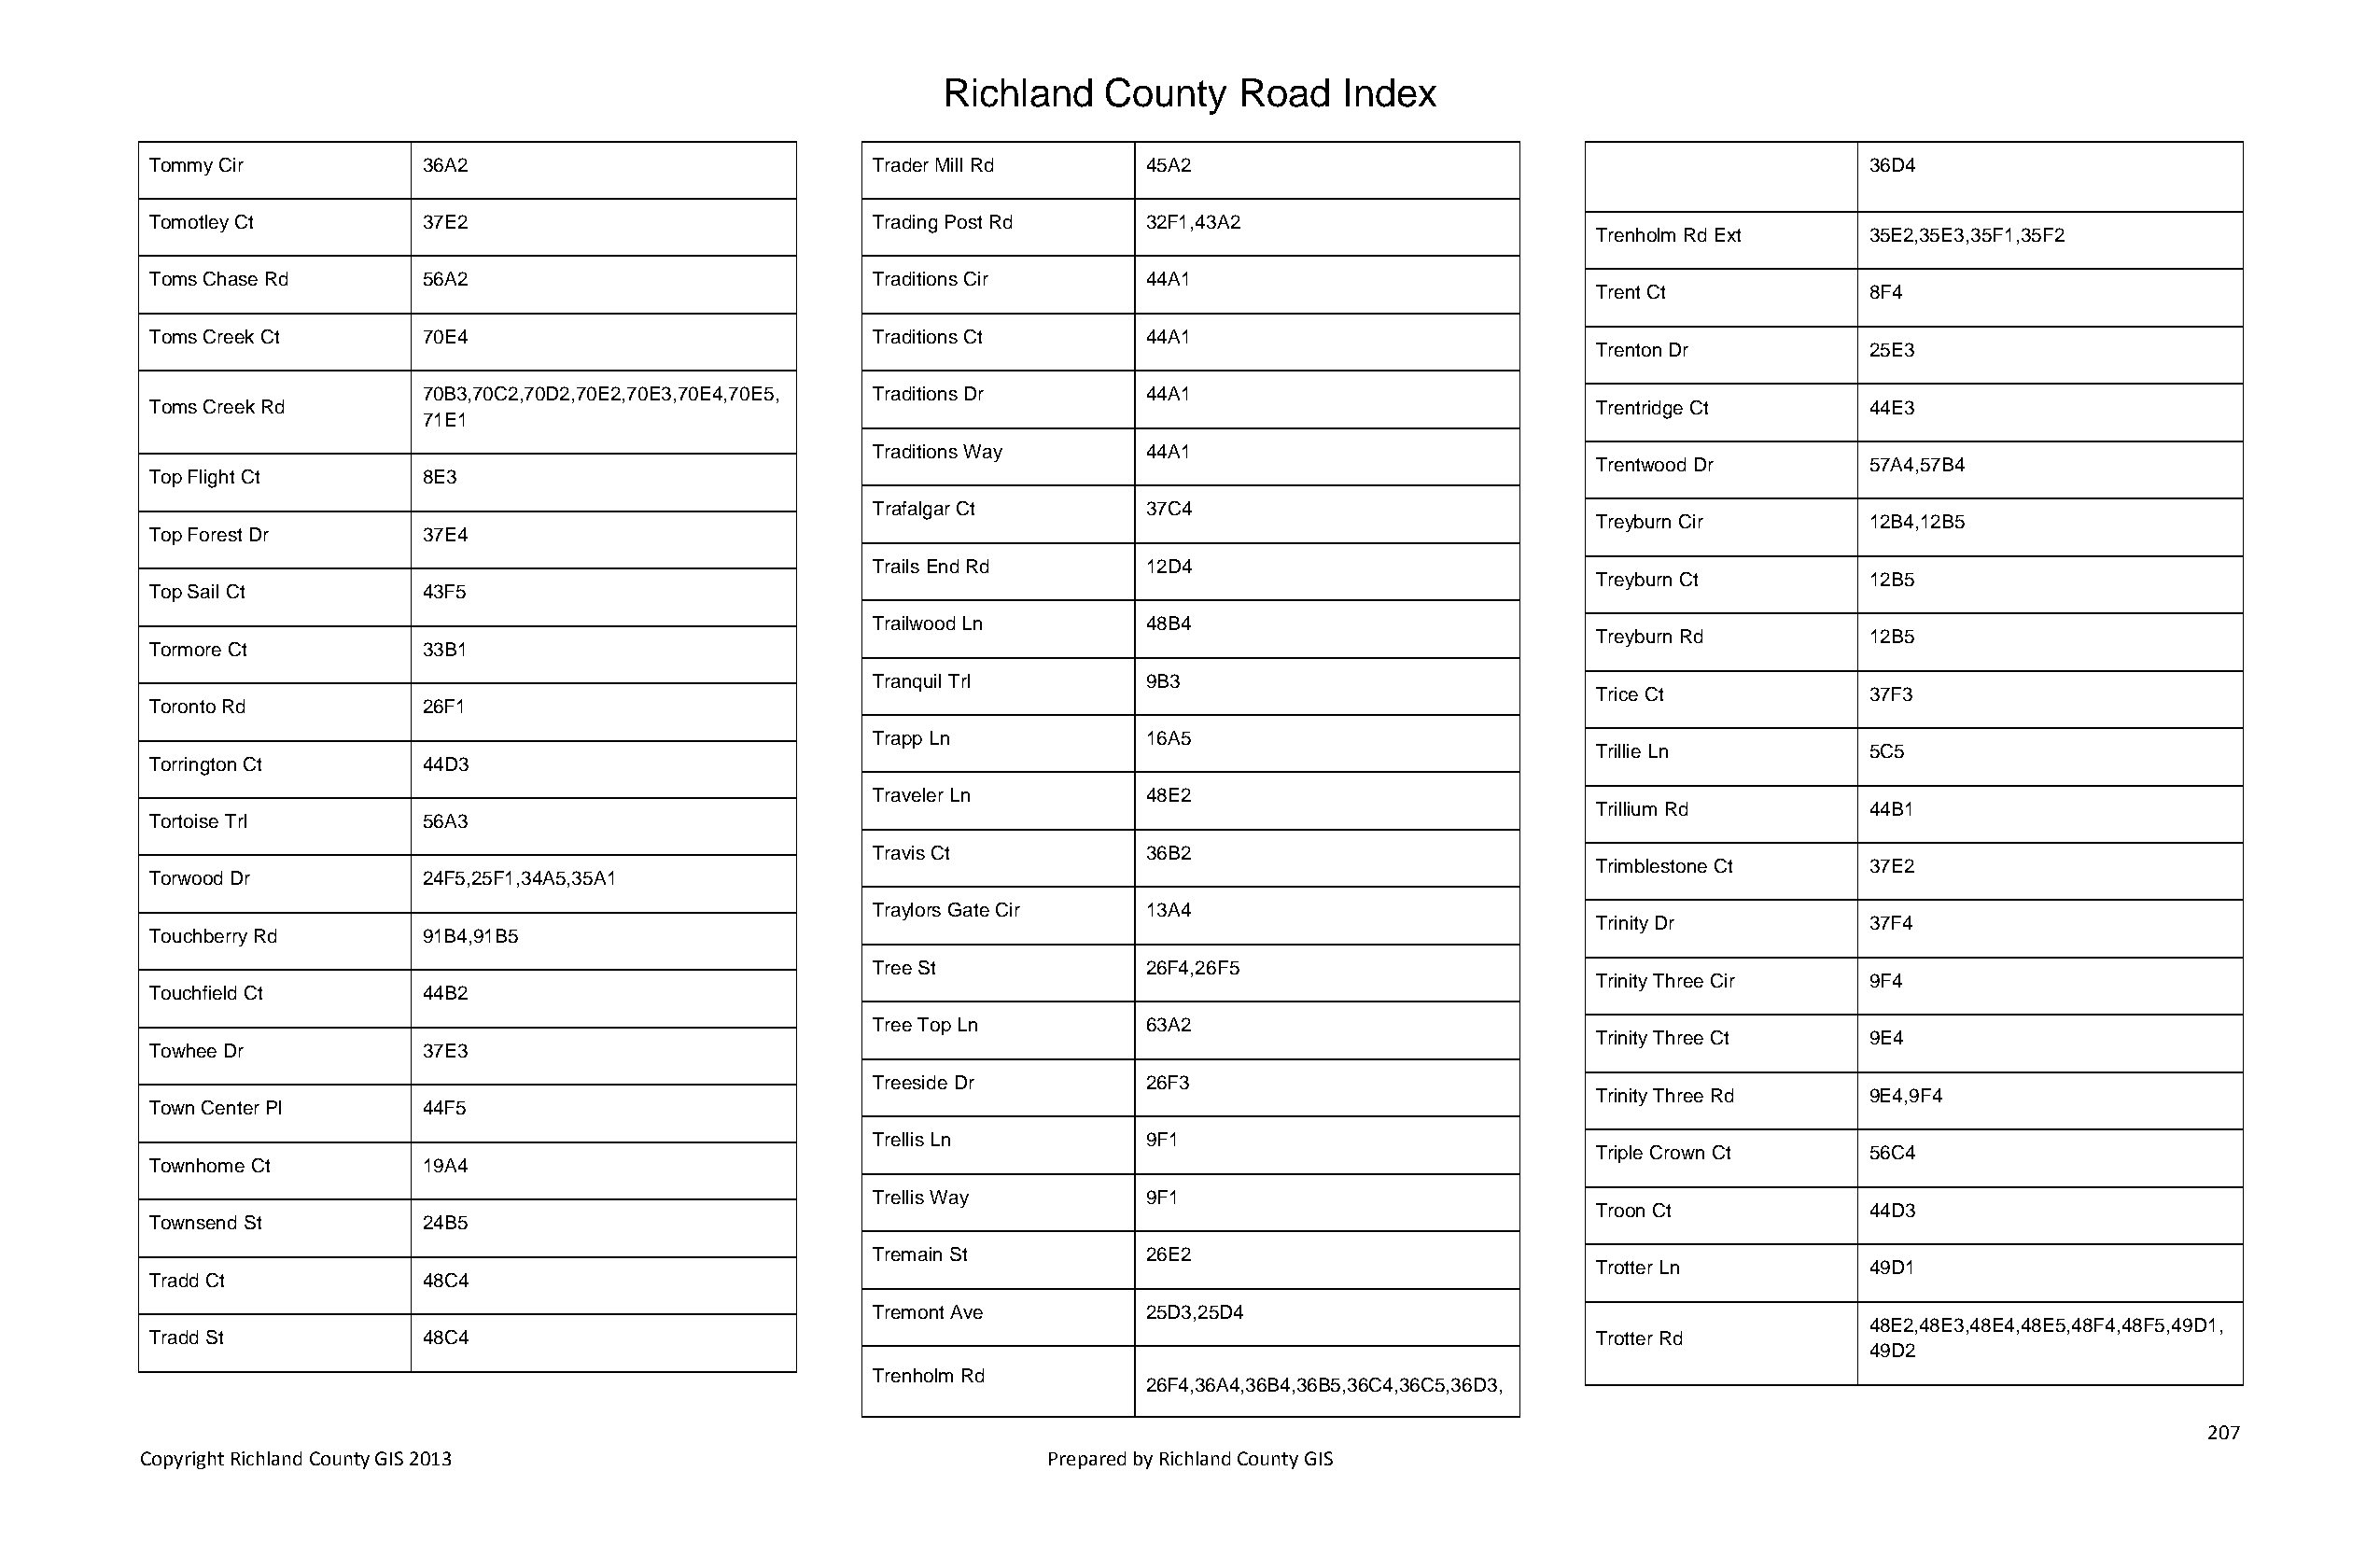
Richland   County    Road   Index
 Tommy Cir          36A2                            Trader Mill Rd     45A2                                                36D4
 Tomotley Ct        37E2                            Trading Post Rd    32F1,43A2
 Trenholm Rd Ext     35E2,35E3,35F1,35F2
 Toms Chase Rd      56A2                            Traditions Cir     44A1
 Trent Ct            8F4
 Toms Creek Ct      70E4                            Traditions Ct      44A1
 Trenton Dr          25E3
 70B3,70C2,70D2,70E2,70E3,70E4,70E5, Traditions Dr  44A1
 Toms Creek Rd                                                                                         Trentridge Ct       44E3
 71E1
 Traditions Way     44A1
 Trentwood Dr        57A4,57B4
 Top Flight Ct      8E3
 Trafalgar Ct       37C4
 Treyburn Cir        12B4,12B5
 Top Forest Dr      37E4
 Trails End Rd      12D4
 Treyburn Ct         12B5
 Top Sail Ct        43F5
 Trailwood Ln       48B4
 Treyburn Rd         12B5
 Tormore Ct         33B1
 Tranquil Trl       9B3
 Trice Ct            37F3
 Toronto Rd         26F1
 Trapp Ln           16A5
 Trillie Ln          5C5
 Torrington Ct      44D3
 Traveler Ln        48E2
 Trillium Rd         44B1
 Tortoise Trl       56A3
 Travis Ct          36B2
 Trimblestone Ct     37E2
 Torwood Dr         24F5,25F1,34A5,35A1
 Traylors Gate Cir  13A4
 Trinity Dr          37F4
 Touchberry Rd      91B4,91B5
 Tree St            26F4,26F5
 Trinity Three Cir   9F4
 Touchfield Ct      44B2
 Tree Top Ln        63A2
 Trinity Three Ct    9E4
 Towhee Dr          37E3
 Treeside Dr        26F3
 Trinity Three Rd    9E4,9F4
 Town Center Pl     44F5
 Trellis Ln         9F1
 Triple Crown Ct     56C4
 Townhome Ct        19A4
 Trellis Way        9F1
 Troon Ct            44D3
 Townsend St        24B5
 Tremain St         26E2
 Trotter Ln          49D1
 Tradd Ct           48C4
 Tremont Ave        25D3,25D4
 48E2,48E3,48E4,48E5,48F4,48F5,49D1,
 Tradd St           48C4                                                                               Trotter Rd
 49D2
 Trenholm Rd
 26F4,36A4,36B4,36B5,36C4,36C5,36D3,
 207
 Copyright Richland County GIS 2013                              Prepared by Richland County GIS